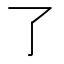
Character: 𠄏